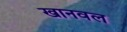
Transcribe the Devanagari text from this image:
खानवल